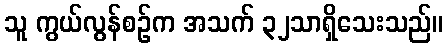
သူ ကွယ်လွန်စဉ်က အသက် ၃၂သာရှိသေးသည်။